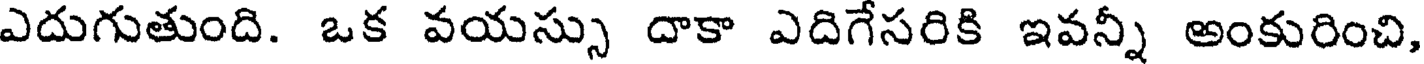
ఎదుగుతుంది. ఒక వయస్సు దాకా ఎదిగేసరికి ఇవన్నీ అంకురించి,